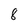
Character: 8